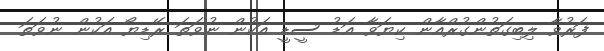
ފަރުވާ ލިބިގަތުންގުރްއާން ކިޔަވާ އަޑު ސީޑީ އަކުން ނުވަތަ ރޭޑިޔޯ އަކުން ނުވަތަ